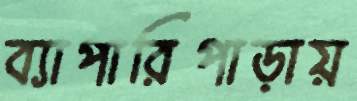
ব্যাপারিপাড়ায়